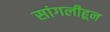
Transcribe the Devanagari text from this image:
सांगलीहून